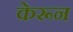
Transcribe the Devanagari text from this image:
केरून